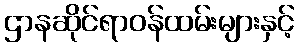
ဌာနဆိုင်ရာဝန်ထမ်းများနှင့်